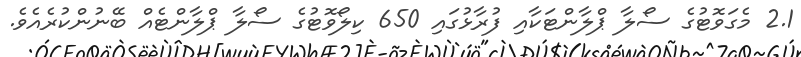
2.1 މެގަވޮޓުގެ ސޯލާ ޕްލާންޓަކާއި ފުރާޅުގައި 650 ކިލޯވޮޓުގެ ސޯލާ ޕްލާންޓެއް ބޭނުންކުރެއެވެ.